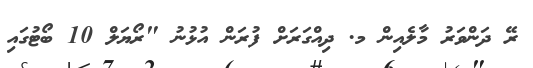
ރޭ ދަންވަރު މާލެއިން މ. ދިއްގަރަށް ފުރަން އުޅުނު "ރޯޔަލް 10 ބޯޓުގައި